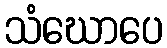
သံဃောပေ